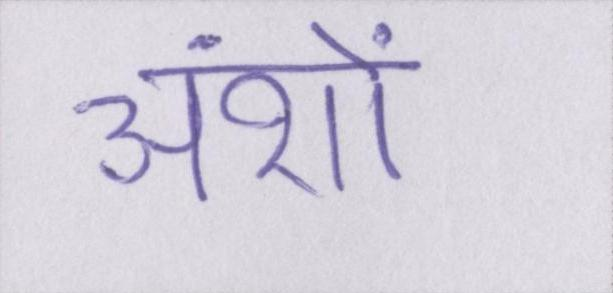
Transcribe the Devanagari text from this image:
अंशों